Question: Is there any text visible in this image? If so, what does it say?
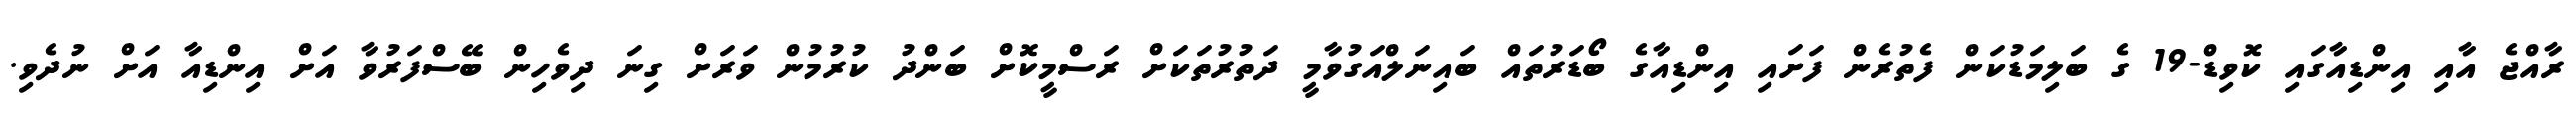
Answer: ރާއްޖެ އާއި އިންޑިއާގައި ކޮވިޑް-19 ގެ ބަލިމަޑުކަން ފެތުރެން ފަށައި އިންޑިއާގެ ބޯޑަރުތައް ބައިނަލްއަގުވާމީ ދަތުރުތަކަށް ރަސްމީކޮށް ބަންދު ކުރުމުން ވަރަށް ގިނަ ދިވެހިން ބޭސްފަރުވާ އަށް އިންޑިއާ އަށް ނުދެވި.